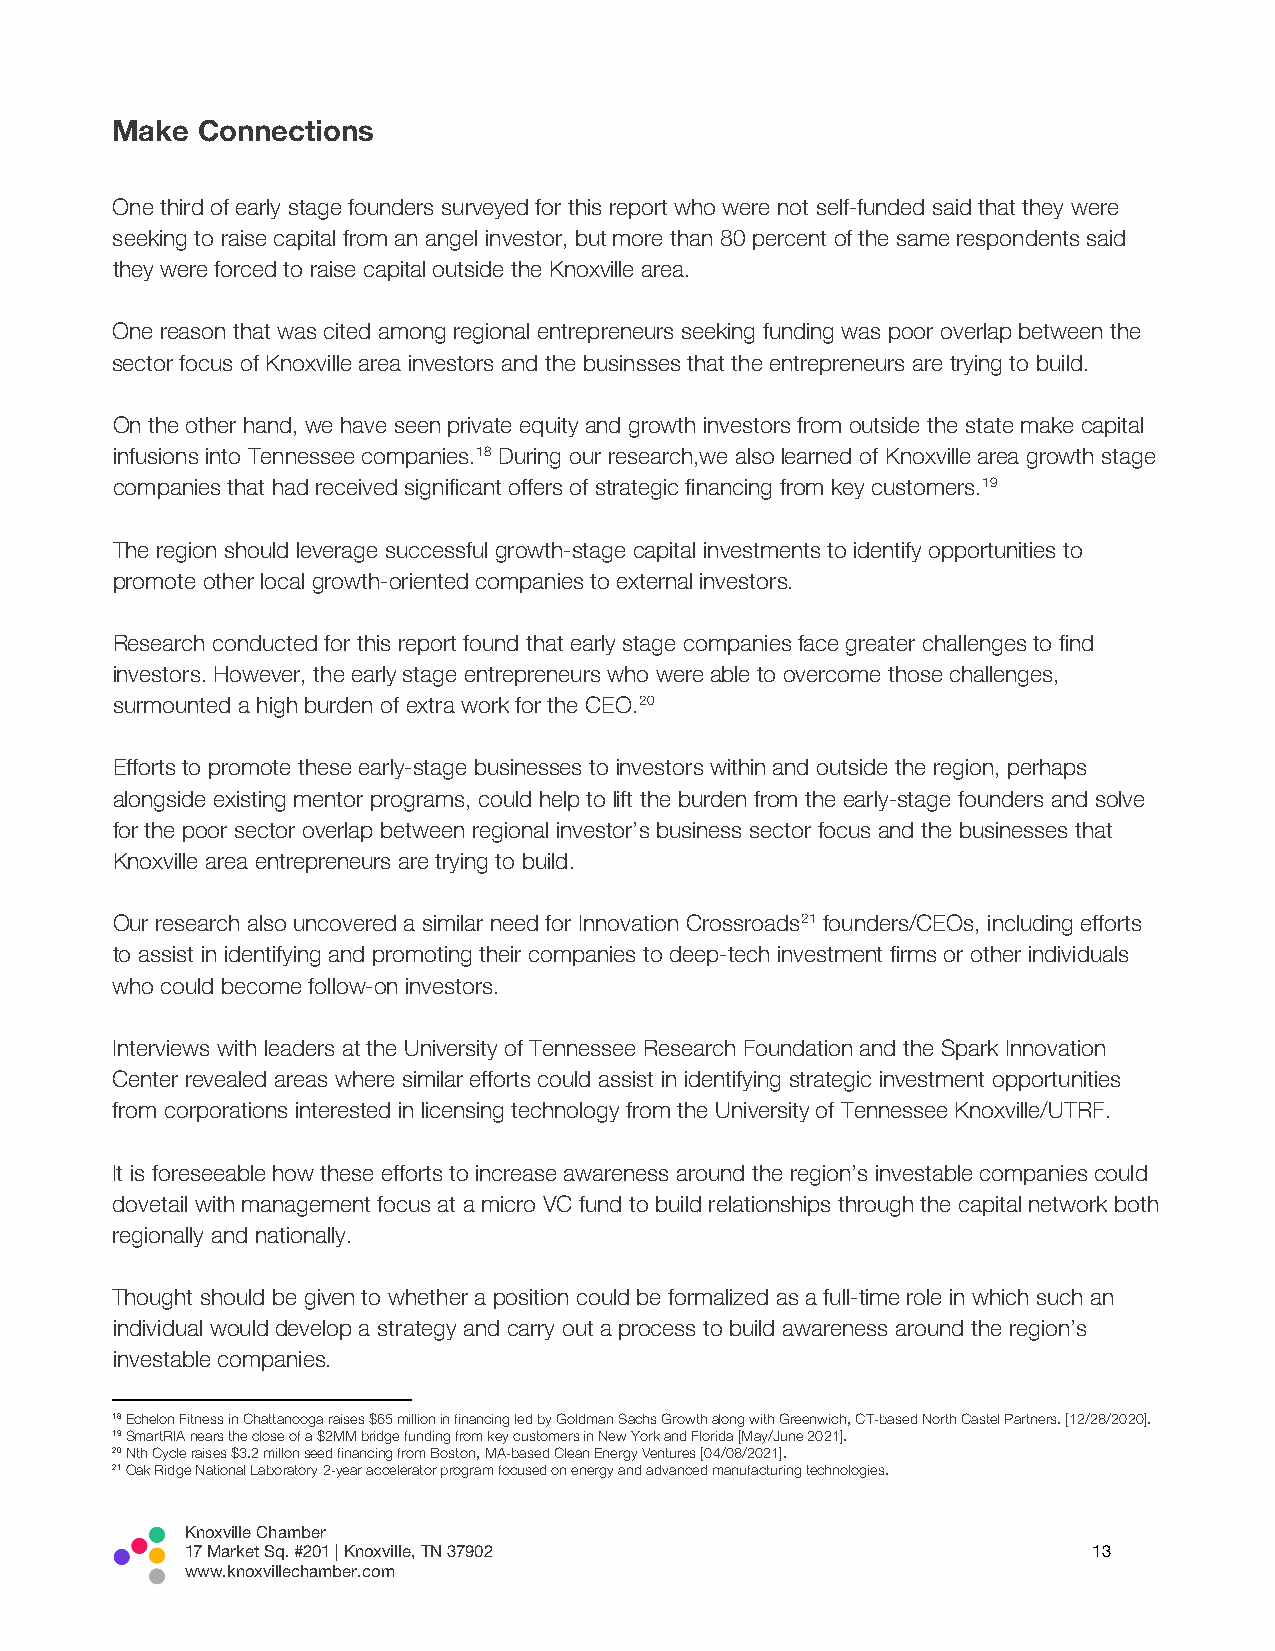
Make  Connections
 One third of early stage founders surveyed for this report who were not self-funded said that they were
 seeking to raise capital from an angel investor, but more than 80 percent of the same respondents said
 they were forced to raise capital outside the Knoxville area.
 One reason that was cited among regional entrepreneurs seeking funding was poor overlap between the
 sector focus of Knoxville area investors and the businsses that the entrepreneurs are trying to build.
 On the other hand, we have seen private equity and growth investors from outside the state make capital
 infusions into Tennessee companies.18 During our research,we also learned of Knoxville area growth stage
 companies that had received significant offers of strategic financing from key customers.19
 The region should leverage successful growth-stage capital investments to identify opportunities to
 promote other local growth-oriented companies to external investors.
 Research conducted for this report found that early stage companies face greater challenges to find
 investors. However, the early stage entrepreneurs who were able to overcome those challenges,
 surmounted a high burden of extra work for the CEO.20
 Efforts to promote these early-stage businesses to investors within and outside the region, perhaps
 alongside existing mentor programs, could help to lift the burden from the early-stage founders and solve
 for the poor sector overlap between regional investor’s business sector focus and the businesses that
 Knoxville area entrepreneurs are trying to build.
 Our research also uncovered a similar need for Innovation Crossroads21 founders/CEOs, including efforts
 to assist in identifying and promoting their companies to deep-tech investment firms or other individuals
 who could become follow-on investors.
 Interviews with leaders at the University of Tennessee Research Foundation and the Spark Innovation
 Center revealed areas where similar efforts could assist in identifying strategic investment opportunities
 from corporations interested in licensing technology from the University of Tennessee Knoxville/UTRF.
 It is foreseeable how these efforts to increase awareness around the region’s investable companies could
 dovetail with management focus at a micro VC fund to build relationships through the capital network both
 regionally and nationally.
 Thought should be given to whether a position could be formalized as a full-time role in which such an
 individual would develop a strategy and carry out a process to build awareness around the region’s
 investable companies.
 18 Echelon Fitness in Chattanooga raises $65 million in financing led by Goldman Sachs Growth along with Greenwich, CT-based North Castel Partners. [12/28/2020].
 19 SmartRIA nears the close of a $2MM bridge funding from key customers in New York and Florida [May/June 2021].
 20 Nth Cycle raises $3.2 millon seed financing from Boston, MA-based Clean Energy Ventures [04/08/2021].
 21 Oak Ridge National Laboratory 2-year accelerator program focused on energy and advanced manufacturing technologies.
 Knoxville Chamber
 17 Market Sq. #201 | Knoxville, TN 37902                    13
 www.knoxvillechamber.com